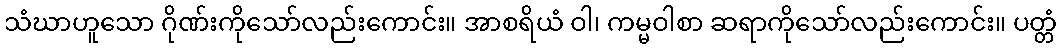
သံဃာဟူသော ဂိုဏ်းကိုသော်လည်းကောင်း။ အာစရိယံ ဝါ၊ ကမ္မဝါစာ ဆရာကိုသော်လည်းကောင်း။ ပတ္တံ